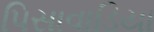
પિસાવાડિયા